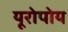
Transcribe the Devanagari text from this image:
यूरोपोय